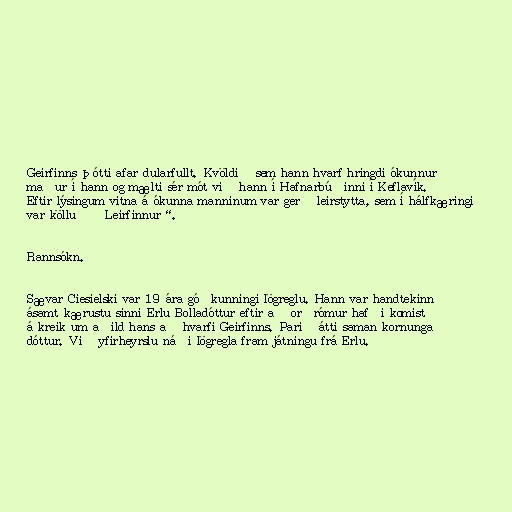
Geirfinns þótti afar dularfullt. Kvöldið sem hann hvarf hringdi ókunnur
maður í hann og mælti sér mót við hann í Hafnarbúðinni í Keflavík.
Eftir lýsingum vitna á ókunna manninum var gerð leirstytta, sem í hálfkæringi
var kölluð „Leirfinnur“.

Rannsókn.

Sævar Ciesielski var 19 ára góðkunningi lögreglu. Hann var handtekinn
ásamt kærustu sinni Erlu Bolladóttur eftir að orðrómur hafði komist
á kreik um aðild hans að hvarfi Geirfinns. Parið átti saman kornunga
dóttur. Við yfirheyrslu náði lögregla fram játningu frá Erlu.